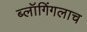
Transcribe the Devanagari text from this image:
ब्लॉगिंगलाच